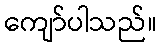
ကျော်ပါသည်။